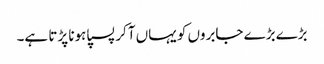
بڑے بڑے جابروں کو یہاں آکر پسپا ہونا پڑتا ہے۔